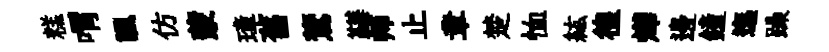
糕喟諷仿蒙璋舊鷟鞾师止章楚恤紘徨燁邊鐘迤躁